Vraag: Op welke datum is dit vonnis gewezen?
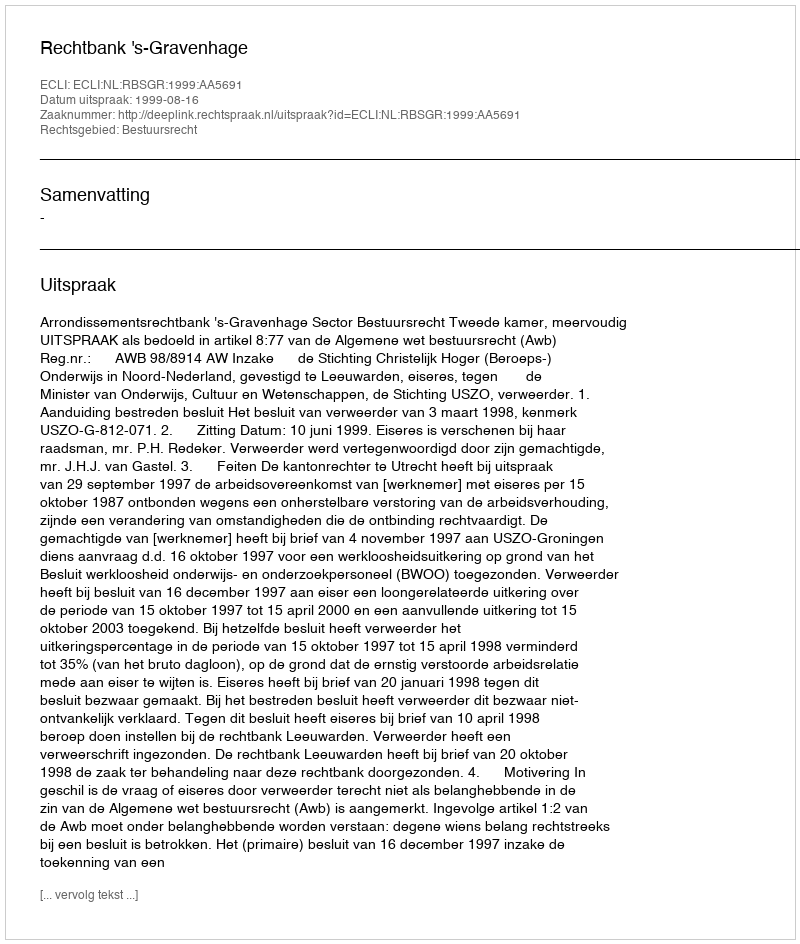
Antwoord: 1999-08-16